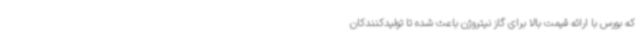
که بورس با ارائه قیمت بالا برای گاز نیتروژن باعث شده تا تولیدکنندکان